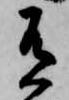
有